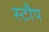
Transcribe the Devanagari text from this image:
स्टौप